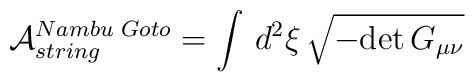
\mathcal{A}^{Nambu \,\, Goto}_{string} = \int \, d^2\xi \,  \sqrt{-\mbox{det}\,  G_{\mu\nu} }